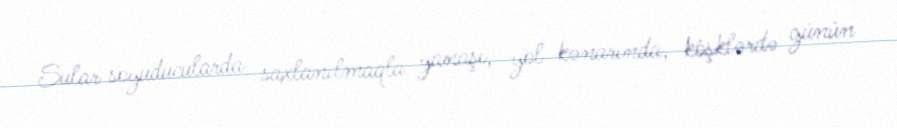
Sular soyuducularda saxlanılmaqla yanaşı, yol kənarında, köşklərdə günün